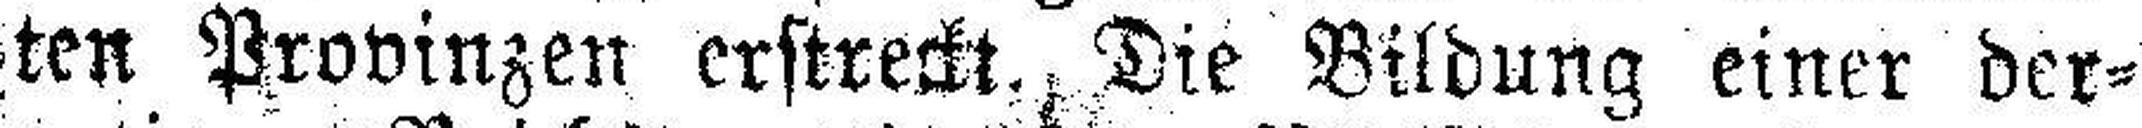
ten Provinzen erstreckt., Die Bildung einer der¬